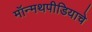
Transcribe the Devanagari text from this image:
मॉन्मथपीडियाचे